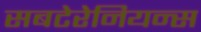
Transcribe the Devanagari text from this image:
सबटेरेनियन्स